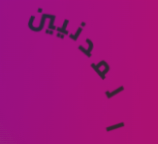
المدنيين